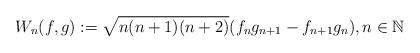
LaTeX: \begin{align*}W_n(f,g) := \sqrt{n(n+1)(n+2)} (f_n g_{n+1} - f_{n+1} g_n), n \in \mathbb{N}\end{align*}